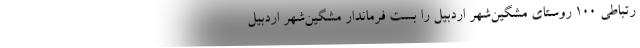
رتباطی ۱۰۰ روستای مشگین‌شهر اردبیل را بست فرماندار مشگین‌شهر اردبیل